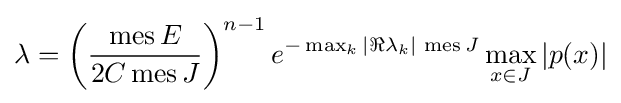
\lambda =\left({\frac {\operatorname {mes} E}{2C\operatorname {mes} J}}\right)^{n-1}e^{-\max _{k}|\Re \lambda _{k}|\,\operatorname {mes} J}\max _{x\in J}|p(x)|